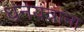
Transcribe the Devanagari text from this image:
धनयंत्राना